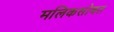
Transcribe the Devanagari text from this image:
मलिकसोबत